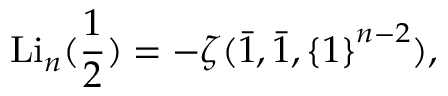
\operatorname { L i } _ { n } ( { \frac { 1 } { 2 } } ) = - \zeta ( { \bar { 1 } } , { \bar { 1 } } , \left\{ 1 \right\} ^ { n - 2 } ) ,